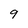
Character: 9